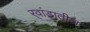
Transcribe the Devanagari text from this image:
र्‍वांडातील